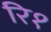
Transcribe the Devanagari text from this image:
रि१